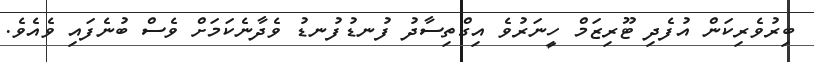
ބިރުވެރިކަން އުފެދި ޓޫރިޒަމް ހީނަރުވެ އިގްތިސާދު ފުނޑުފުނޑު ވެދާނެކަމަށް ވެސް ބުނެފައި ވެއެވެ.